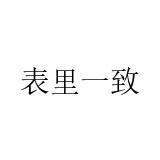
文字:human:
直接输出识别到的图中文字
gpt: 表里一致